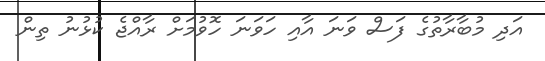
އަދި މުބާރާތުގެ ފަސް ވަނަ އާއި ހަވަނަ ހޮވުމަށް ރާއްޖެ ކުޅުނު ތިން